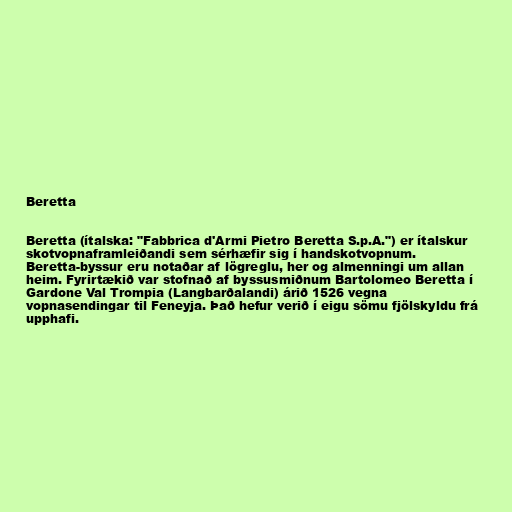
Beretta

Beretta (ítalska: "Fabbrica d'Armi Pietro Beretta S.p.A.") er ítalskur
skotvopnaframleiðandi sem sérhæfir sig í handskotvopnum.
Beretta-byssur eru notaðar af lögreglu, her og almenningi um allan
heim. Fyrirtækið var stofnað af byssusmiðnum Bartolomeo Beretta í
Gardone Val Trompia (Langbarðalandi) árið 1526 vegna
vopnasendingar til Feneyja. Það hefur verið í eigu sömu fjölskyldu frá
upphafi.